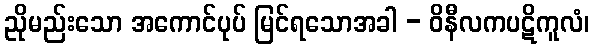
ညိုမည်းသော အကောင်ပုပ် မြင်ရသောအခါ - ဝိနီလကပဋိကူလံ၊